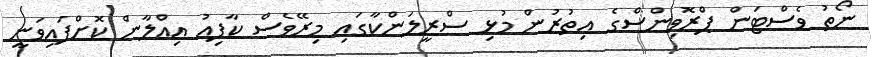
ނޯތު ވެސްޓަން ޕްރޮވިންސްގެ އިތުރުން މުޅި ސްރީލަންކާގައި މިރޭވެސް ކާފިއު އިޢްލާން ކޮށްފައިވަނީ